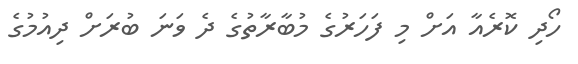
ހޯދި ކޮރެއާ އަށް މި ފަހަރުގެ މުބާރާތުގެ ދެ ވަނަ ބުރަށް ދިއުމުގެ